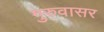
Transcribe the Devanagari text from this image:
गुरुवासर